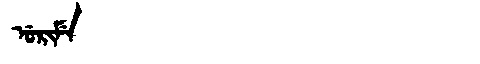
Manchu: ᡠᡵᡳᠮᡝ
Romanization: URIME